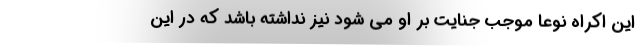
این اکراه نوعاً موجب جنایت بر او می شود نیز نداشته باشد که در این